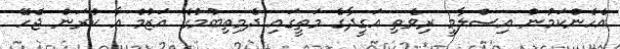
އެހެންކަމުން އިސްލާމީ ރިވެތި އަގީދާގެ މަތީގައި ދެމިތިބުމުގެ އަޒުމް އާ ކުރަން ޖެހޭ